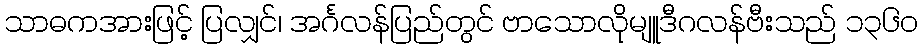
သာဓကအားဖြင့် ပြလျှင်၊ အင်္ဂလန်ပြည်တွင် ဗာသောလိုမျူဒီဂလန်ဗီးသည် ၁၃၆၀